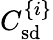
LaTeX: C_{\mathrm{sd}}^{\{ i\} }